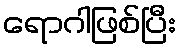
ရောဂါဖြစ်ပြီး